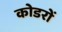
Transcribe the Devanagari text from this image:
कोडरों